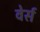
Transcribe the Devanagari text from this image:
वेर्स